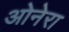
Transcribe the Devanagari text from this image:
ओनेरा